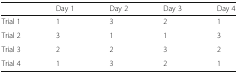
<table><thead><tr><td></td><td><b>Day 1</b></td><td><b>Day 2</b></td><td><b>Day 3</b></td><td><b>Day 4</b></td></tr></thead><tbody><tr><td>Trial 1</td><td>1</td><td>3</td><td>2</td><td>1</td></tr><tr><td>Trial 2</td><td>3</td><td>1</td><td>1</td><td>3</td></tr><tr><td>Trial 3</td><td>2</td><td>2</td><td>3</td><td>2</td></tr><tr><td>Trial 4</td><td>1</td><td>3</td><td>2</td><td>1</td></tr></tbody></table>